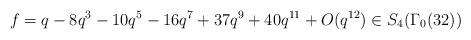
LaTeX: \begin{align*}f = q - 8q^3 - 10q^5 - 16q^7 + 37q^9 + 40q^{11} + O(q^{12}) \in S_4(\Gamma_0(32)) \end{align*}